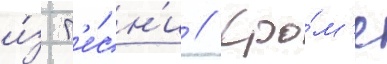
и́з п'е́сн'и // Кро́м'е